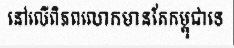
នៅលើពិភពលោកមានតែកម្ពុជាទេ